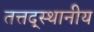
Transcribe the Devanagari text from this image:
तत्तद्स्थानीय